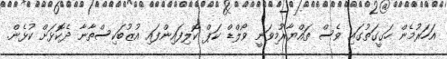
އަހަރުމެން ހަގީގަތުގައި ވެސް ތައްޔާރުމިވަނީ ވޯލްޑް ކަޕް ކޮލިފައިންފައި އުޒުބަކިސްތާނާ ދެކޮޅަށް ކުޅެން.